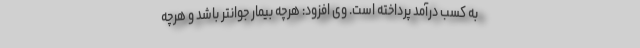
به کسب درآمد پرداخته است. وی افزود: هرچه بیمار جوانتر باشد و هرچه